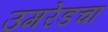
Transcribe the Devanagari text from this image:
उमरेडचा